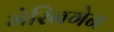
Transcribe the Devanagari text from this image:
मेरिनगेन